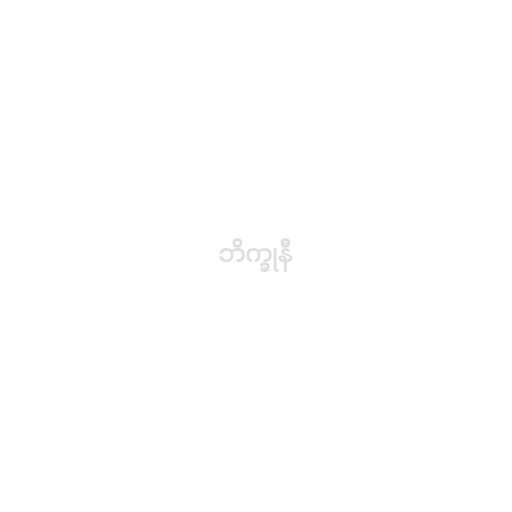
ဘိက္ခုနီ